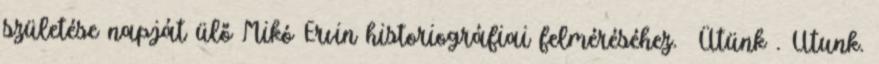
születése napját ülő Mikó Ervin historiográfiai felméréséhez. Ütünk . Utunk.